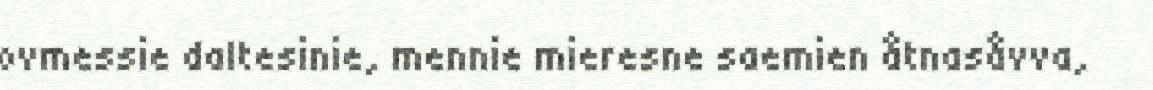
ovmessie daltesinie, mennie mieresne saemien åtnasåvva,